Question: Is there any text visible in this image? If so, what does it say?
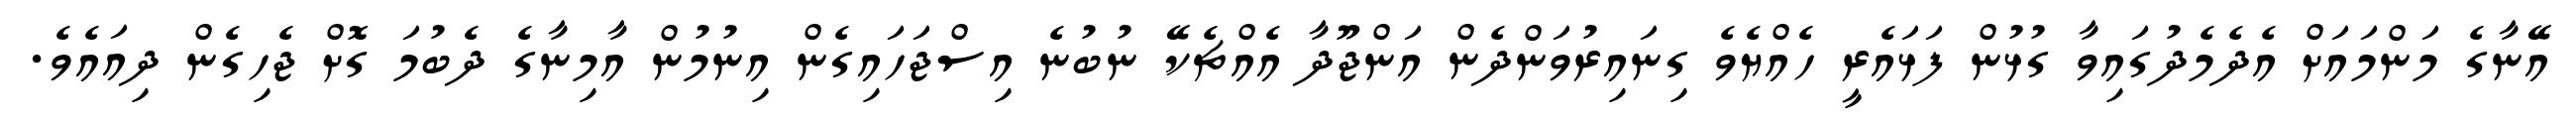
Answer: އޭނާގެ މަންމައަށް އެދެމެދުގައިވާ ގުޅުން ފަޅައެރީ ހެއްޔެވެ ގިނައިރުވަންދެން އަންޖޫދާ އެއްޗެކޭ ނުބުނެ އިސްޖަހައިގެން އިނުމުން އާމިނާގެ ދެބުމަ ގޮށް ޖެހިގެން ދިއައެވެ.